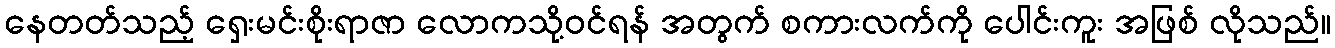
နေတတ်သည့် ရှေးမင်းစိုးရာဇာ လောကသို့ဝင်ရန် အတွက် စကားလက်ကို ပေါင်းကူး အဖြစ် လိုသည်။